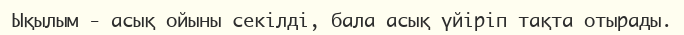
Ықылым - асық ойыны секілді, бала асық үйіріп тақта отырады.